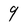
Character: 9